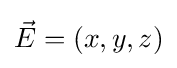
{\vec {E}}=(x,y,z)